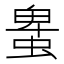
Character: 𧌠